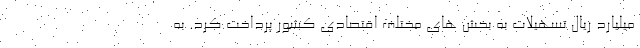
میلیارد ریال تسهیلات به بخش های مختلف اقتصادی کشور پرداخت کرد. به